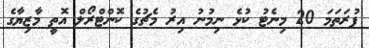
ފުރަތަމަ 20 މިނެޓު ކުޅެ ނިމުނު އިރު މެޗުގެ ކޮންޓްރޯލް އޮތީ މާޒިޔާގެ